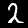
Label: 2